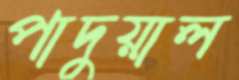
পাদুয়াল